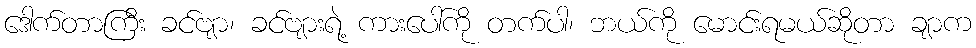
ဒေါက်တာကြီး ခင်ဗျာ၊ ခင်ဗျားရဲ့ ကားပေါ်ကို တက်ပါ၊ ဘယ်ကို မောင်းရမယ်ဆိုတာ ချာက